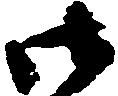
御